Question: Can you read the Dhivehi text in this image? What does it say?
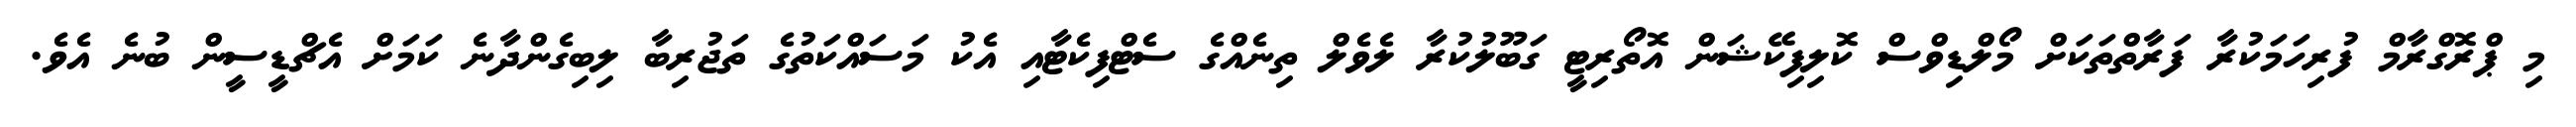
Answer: މި ޕްރޮގްރާމް ފުރިހަމަކުރާ ފަރާތްތަކަށް މޯލްޑިވްސް ކޮލިފިކޭޝަން އޮތޯރިޓީ ގަބޫލުކުރާ ލެވެލް ތިނެއްގެ ސެޓްފިކެޓާއި އެކު މަސައްކަތުގެ ތަޖުރިބާ ލިބިގެންދާނެ ކަމަށް އެޗްޑީސީން ބުނެ އެވެ.